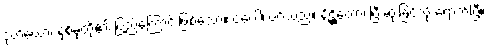
ဒုတိယော၊ နှစ်ခုတို့၏ ပြည့်ကြောင်းဖြစ်သော။ ဝဂ္ဂေါ၊ ဝဂ်သည်။ နိဋ္ဌိတော၊ ပြီးဆုံးခြင်သို့ ရောက်ပြီ။